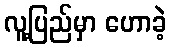
လူ့ပြည်မှာ ဟောခဲ့